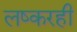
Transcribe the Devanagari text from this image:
लष्करही